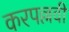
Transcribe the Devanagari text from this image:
करपल्लवी